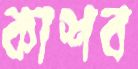
কাশব